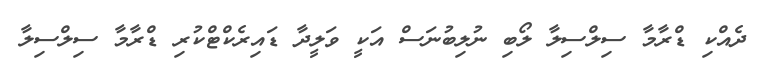
ދެއްކި ޑްރާމާ ސިލްސިލާ ލޯބި ނުލިބުނަސް އަކީ ވަލީދާ ޑައިރެކްޓްކުރި ޑްރާމާ ސިލްސިލާ